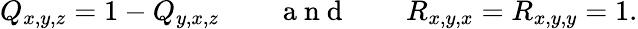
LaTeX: Q_{x,y,z}=1-Q_{y,x,z}\mathrm{~~~~~~~~~a~n~d~~~~~~~~~}R_{x,y,x}=R_{x,y,y}=1.